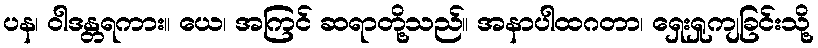
ပန၊ ဝါဒန္တရကား။ ယေ၊ အကြင် ဆရာတို့သည်။ အနာပါထဂတာ၊ ရှေးရှုကျခြင်းသို့